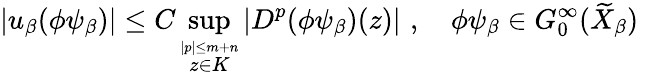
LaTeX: \left|u_{\beta}(\phi\psi_{\beta})\right|\leq C\operatorname*{sup}_{\stackrel{{|p|\leq m+n}}{z\in K}}\left|D^{p}(\phi\psi_{\beta})(z)\right|\, \, ,\quad\phi\psi_{\beta}\in G_{0}^{\infty}(\widetilde{X}_{\beta})\, \,